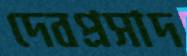
দেবপ্রসাদ